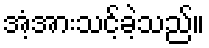
အံ့အားသင့်ခဲ့သည်။